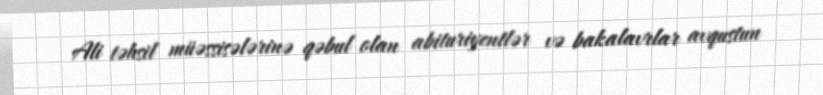
Ali təhsil müəssisələrinə qəbul olan abituriyentlər və bakalavrlar avqustun